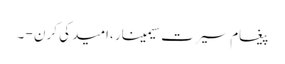
پیغام سیرت سیمینار ،امید کی کرن - ۔